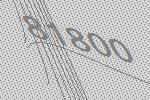
81800